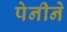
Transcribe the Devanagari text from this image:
पेनीने